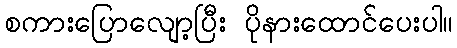
စကားပြောလျော့ပြီး ပိုနားထောင်ပေးပါ။